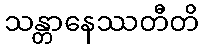
သန္တာနေဿတီတိ